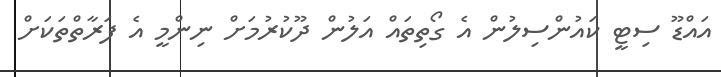
އައްޑޫ ސިޓީ ކައުންސިލުން އެ ގޯތިތައް އަލުން ދޫކުރުމަށް ނިންމީ އެ ފަރާތްތަކަށް